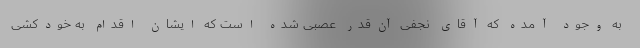
به وجود آمده که آقای نجفی آن‌قدر عصبی شده است که ایشان اقدام به خودکشی